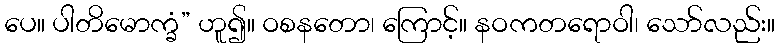
ပေ။ ပါတိမောက္ခံ” ဟူ၍။ ဝစနတော၊ ကြောင့်။ နဝကတရောဝါ၊ သော်လည်း။